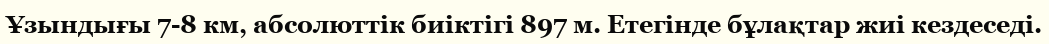
Ұзындығы 7-8 км, абсолюттік биіктігі 897 м. Етегінде бұлақтар жиі кездеседі.